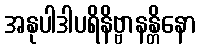
အနုပါဒါပရိနိဗ္ဗာနန္တိနော